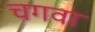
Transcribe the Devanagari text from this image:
चगवा